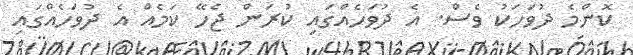
ކޮންމެ ދުވަހަކު ވެސް. އެ ދުވަހެއްގައި ކުރަން ޖެހޭ ކަމެއް އެ ދުވަހެއްގައި